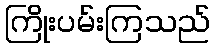
ကြိုးပမ်းကြသည်